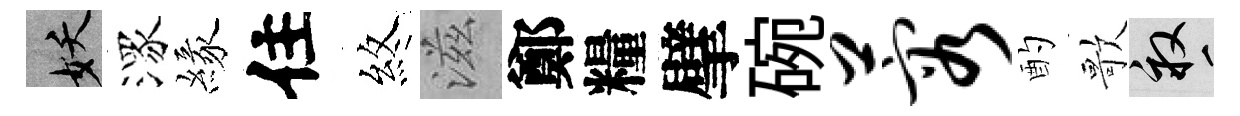
妖潈緣住煞滋鄭糧擘碗蓉酌歌畝